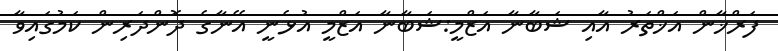
ފަރްޚާން އަޚްތަރު އާއި ޝަބާނާ އަޒްމީ:ޝަބާނާ އަޒްމީ އުޅެނީ އޭނާގެ ދޮންދަރިން ކަމުގައިވާ